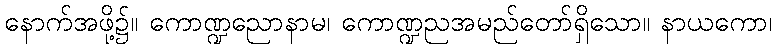
နောက်အဖို့၌။ ကောဏ္ဍညောနာမ၊ ကောဏ္ဍညအမည်တော်ရှိသော။ နာယကော၊